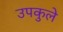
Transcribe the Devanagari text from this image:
उपकुले